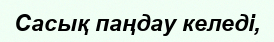
Сасық паңдау келеді,